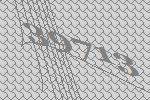
39713